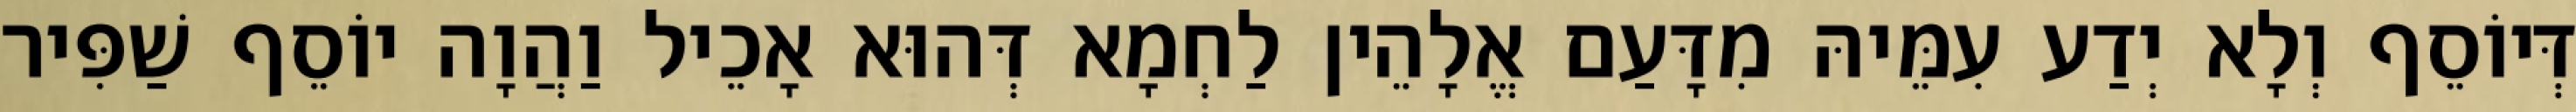
דְּיוֹסֵף וְלָא יְדַע עִמֵּיהּ מִדָּעַם אֱלָהֵין לַחְמָא דְּהוּא אָכֵיל וַהֲוָה יוֹסֵף שַׁפִּיר